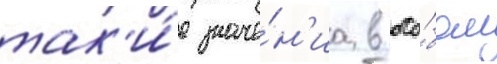
так'и́е значе́н'иа в осо́бом